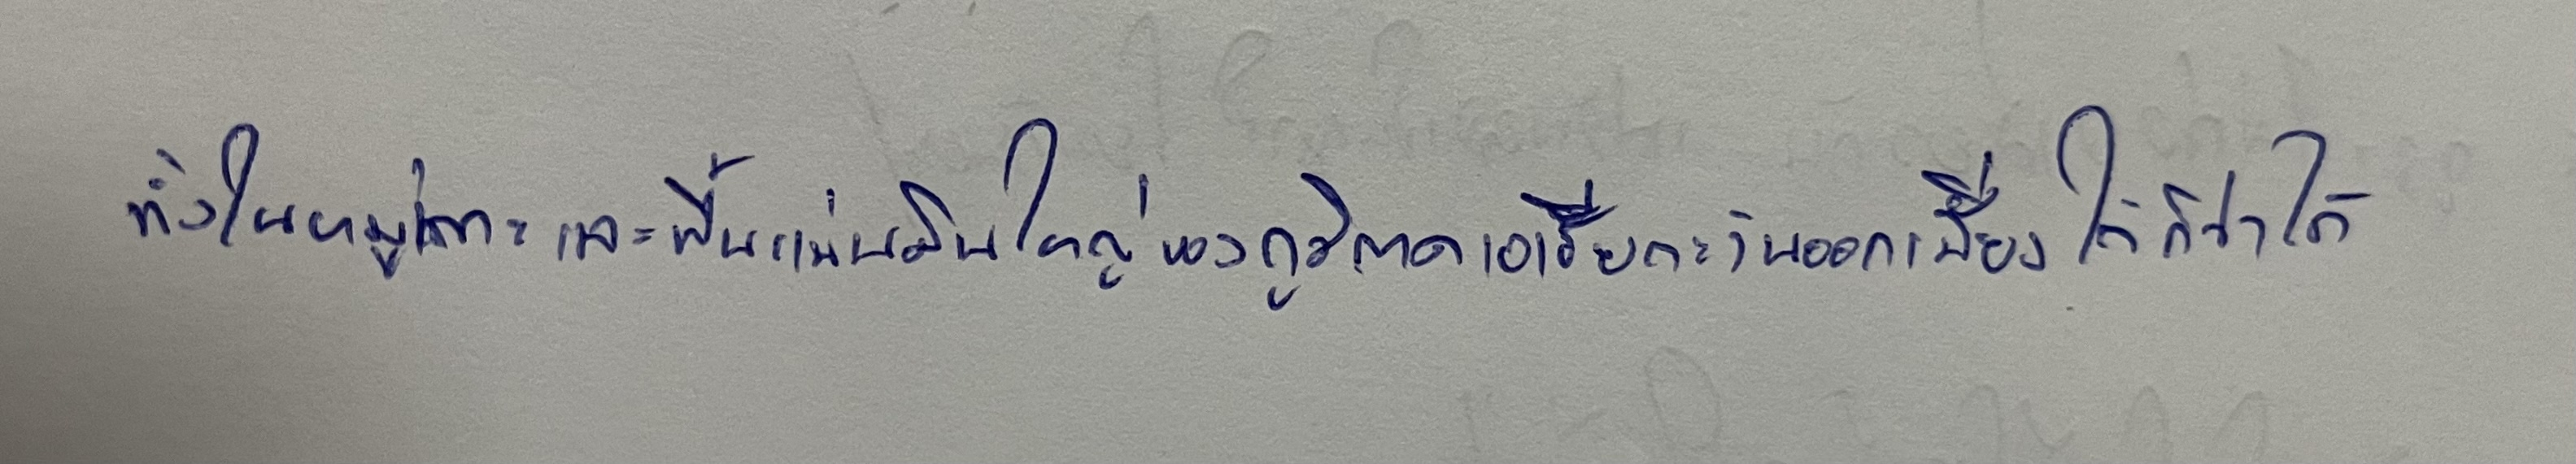
ทั้งในหมู่เกาะและพื้นแผ่นดินใหญ่ของภูมิภาคเอเชียตะวันออกเฉียงใต้ก็ว่าได้